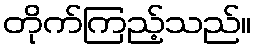
တိုက်ကြည့်သည်။